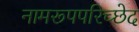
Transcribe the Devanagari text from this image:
नामरूपपरिच्छेद